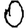
Digit: 0